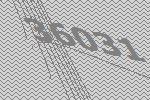
36031